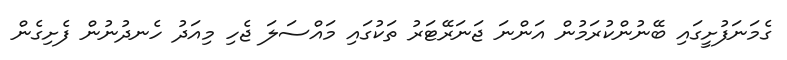
ގެމަނަފުށީގައި ބޭނުންކުރަމުން އަންނަ ޖަނަރޭޓަރު ތަކުގައި މައްސަލަ ޖެހި މިއަދު ހެނދުނުން ފެށިގެން